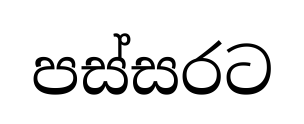
පස්සරට